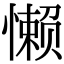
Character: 懒